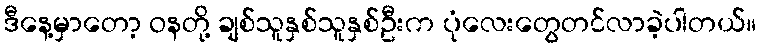
ဒီနေ့မှာတော့ ဝနတို့ ချစ်သူနှစ်သူနှစ်ဦးက ပုံလေးတွေတင်လာခဲ့ပါတယ်။